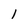
Character: 1